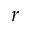
r